Trukikaitis_Postimees, lk 134
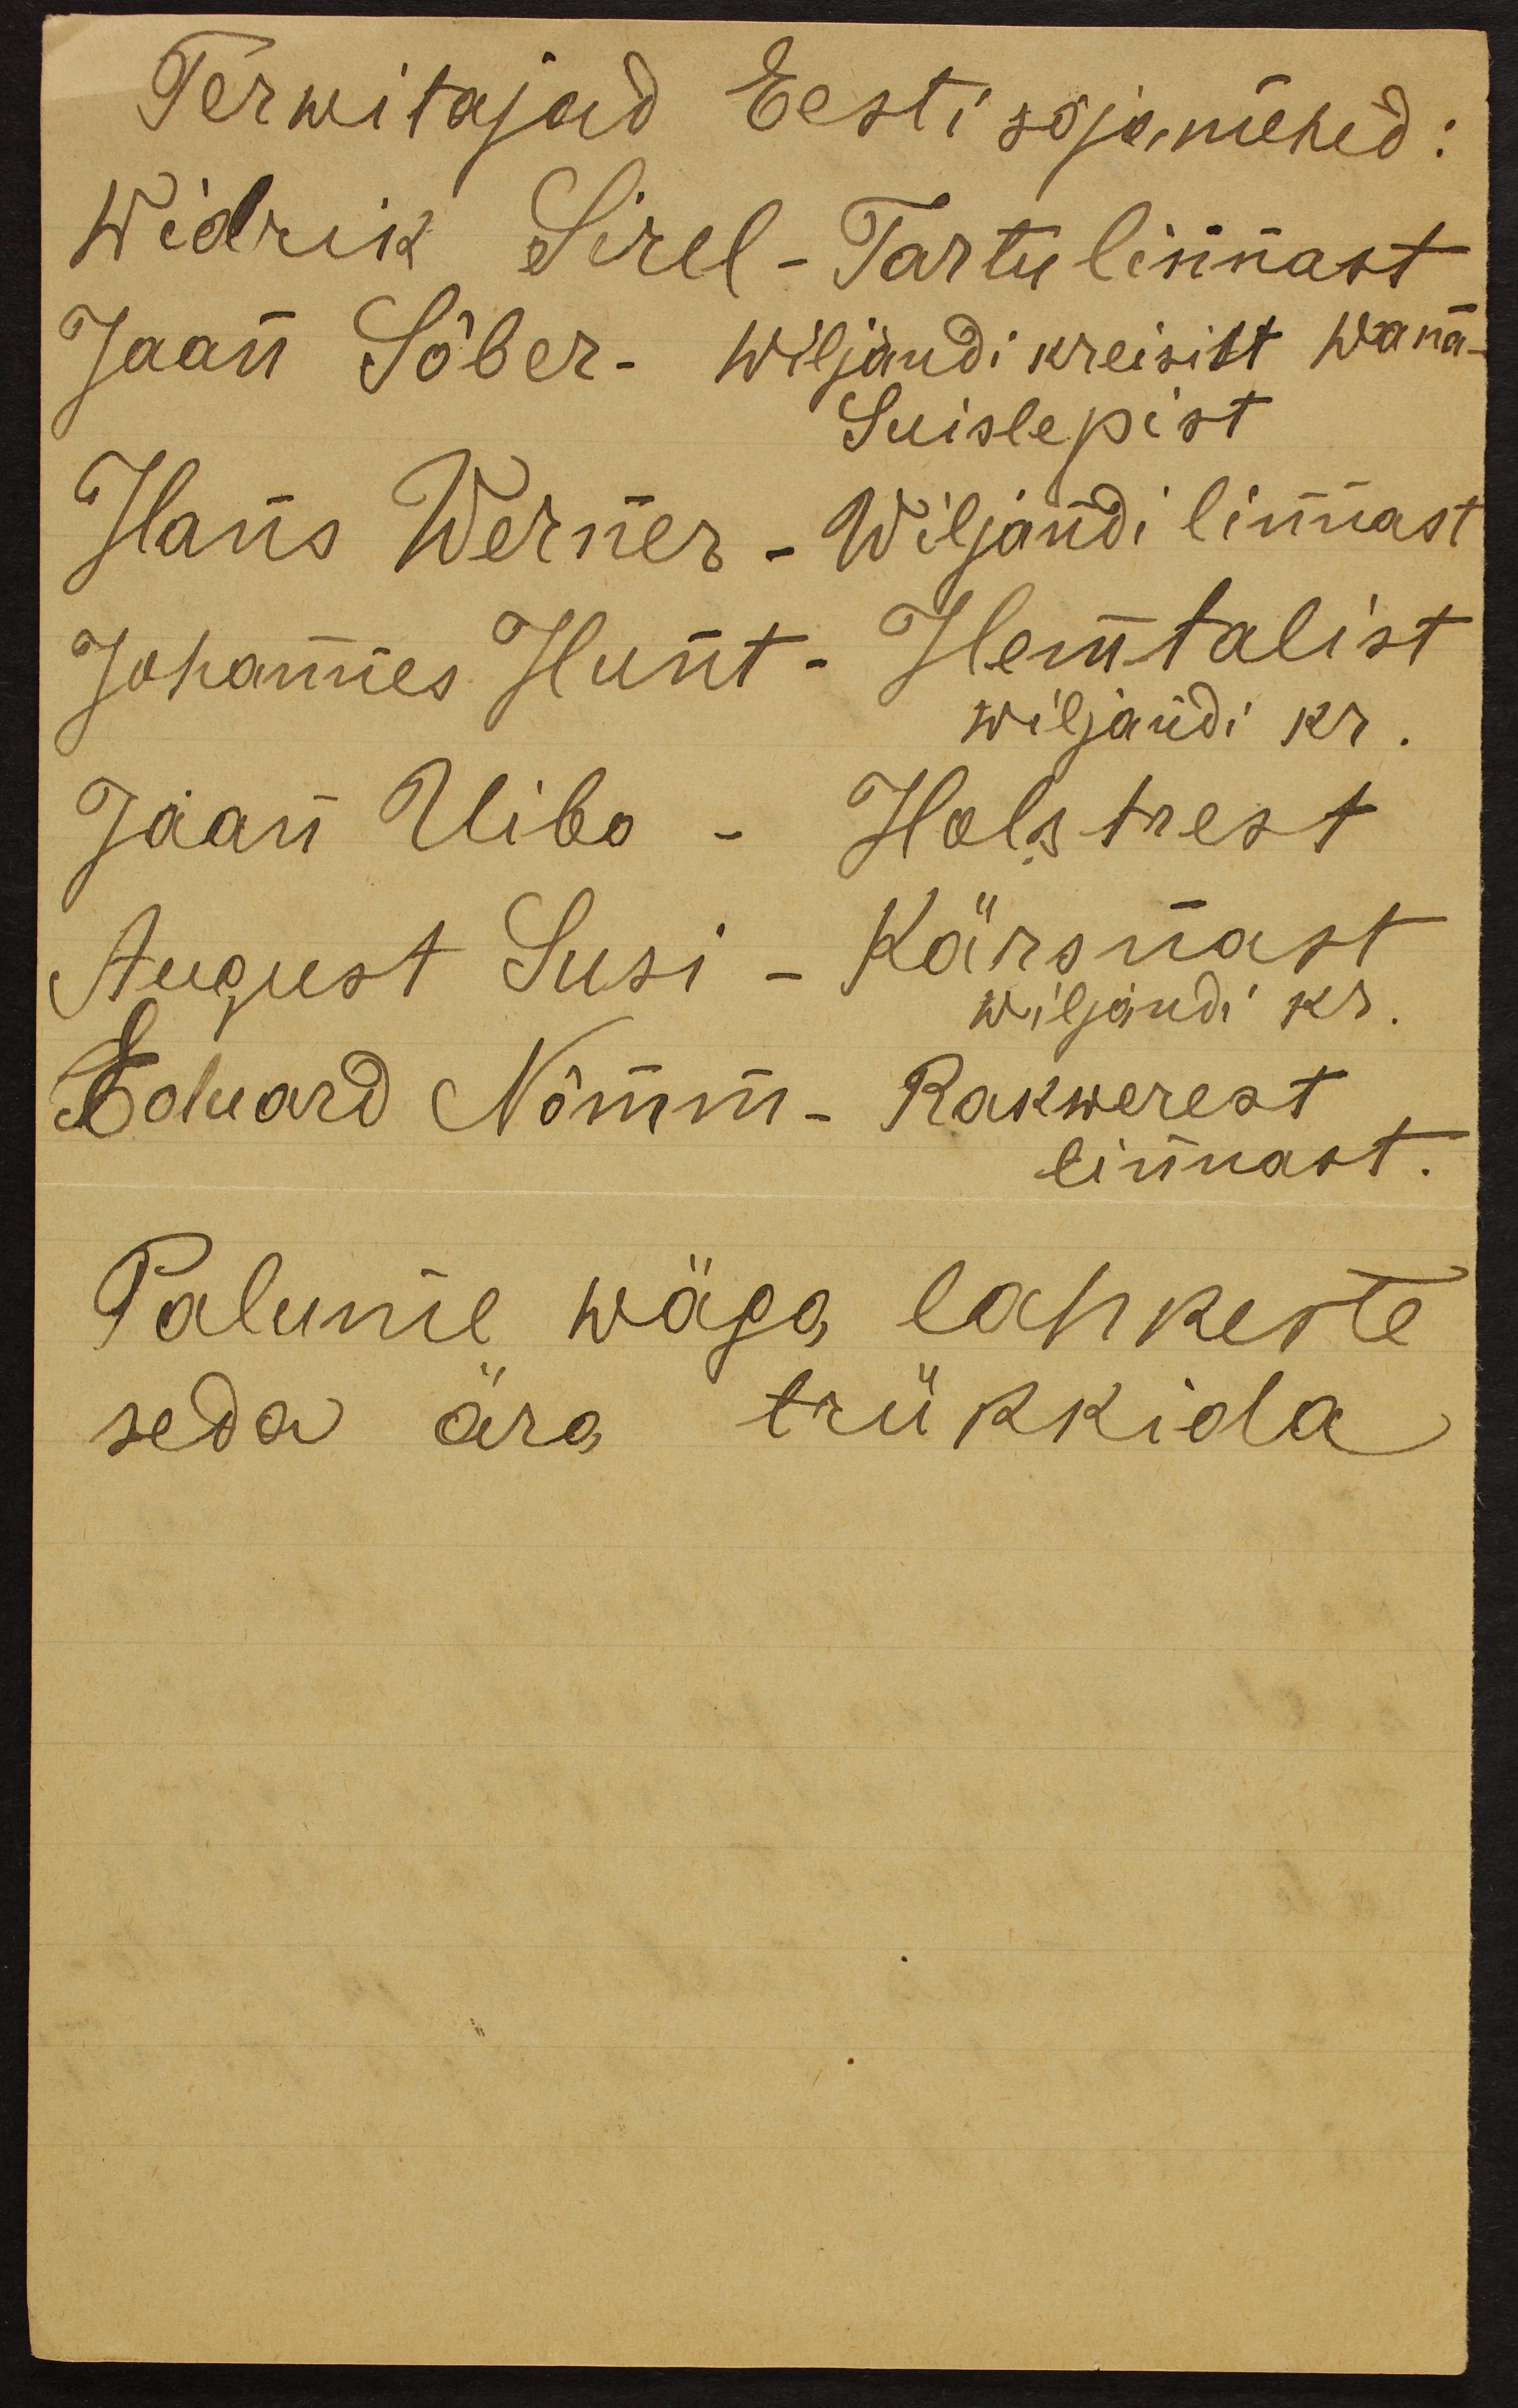
Terwitajad Eesti sõjamehed:
Widrik Sirel-Tartu linnast
Jaan Sõber- Wiljandi kreisist Wana-
Suislepist
Hans Werner - Wiljandi linnast
Johannes Hunt. Heimtalist
wiljandi kr.
Jaan Uibo - Holstrest
August Susi - Kärsnast
wiljandi kr.
Eduard Nõmm- Rakwerest
linnast.
Palume wäga lahkeste
seda ära trükkida